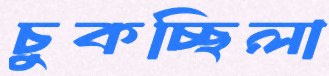
চুকচ্ছিলা